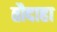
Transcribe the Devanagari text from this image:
तौदाहा